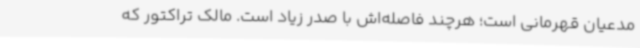
مدعیان قهرمانی است؛ هرچند فاصله‌اش با صدر زیاد است. مالک تراکتور که